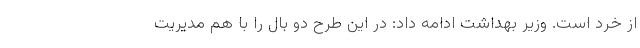
از خرد است. وزیر بهداشت ادامه داد: در این طرح دو بال را با هم مدیریت